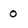
Character: 0